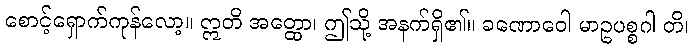
စောင့်ရှောက်ကုန်လော့။ ဣတိ အတ္ထော၊ ဤသို့ အနက်ရှိ၏။ ခဏောဝေါ မာဥပစ္စဂါ တိ၊